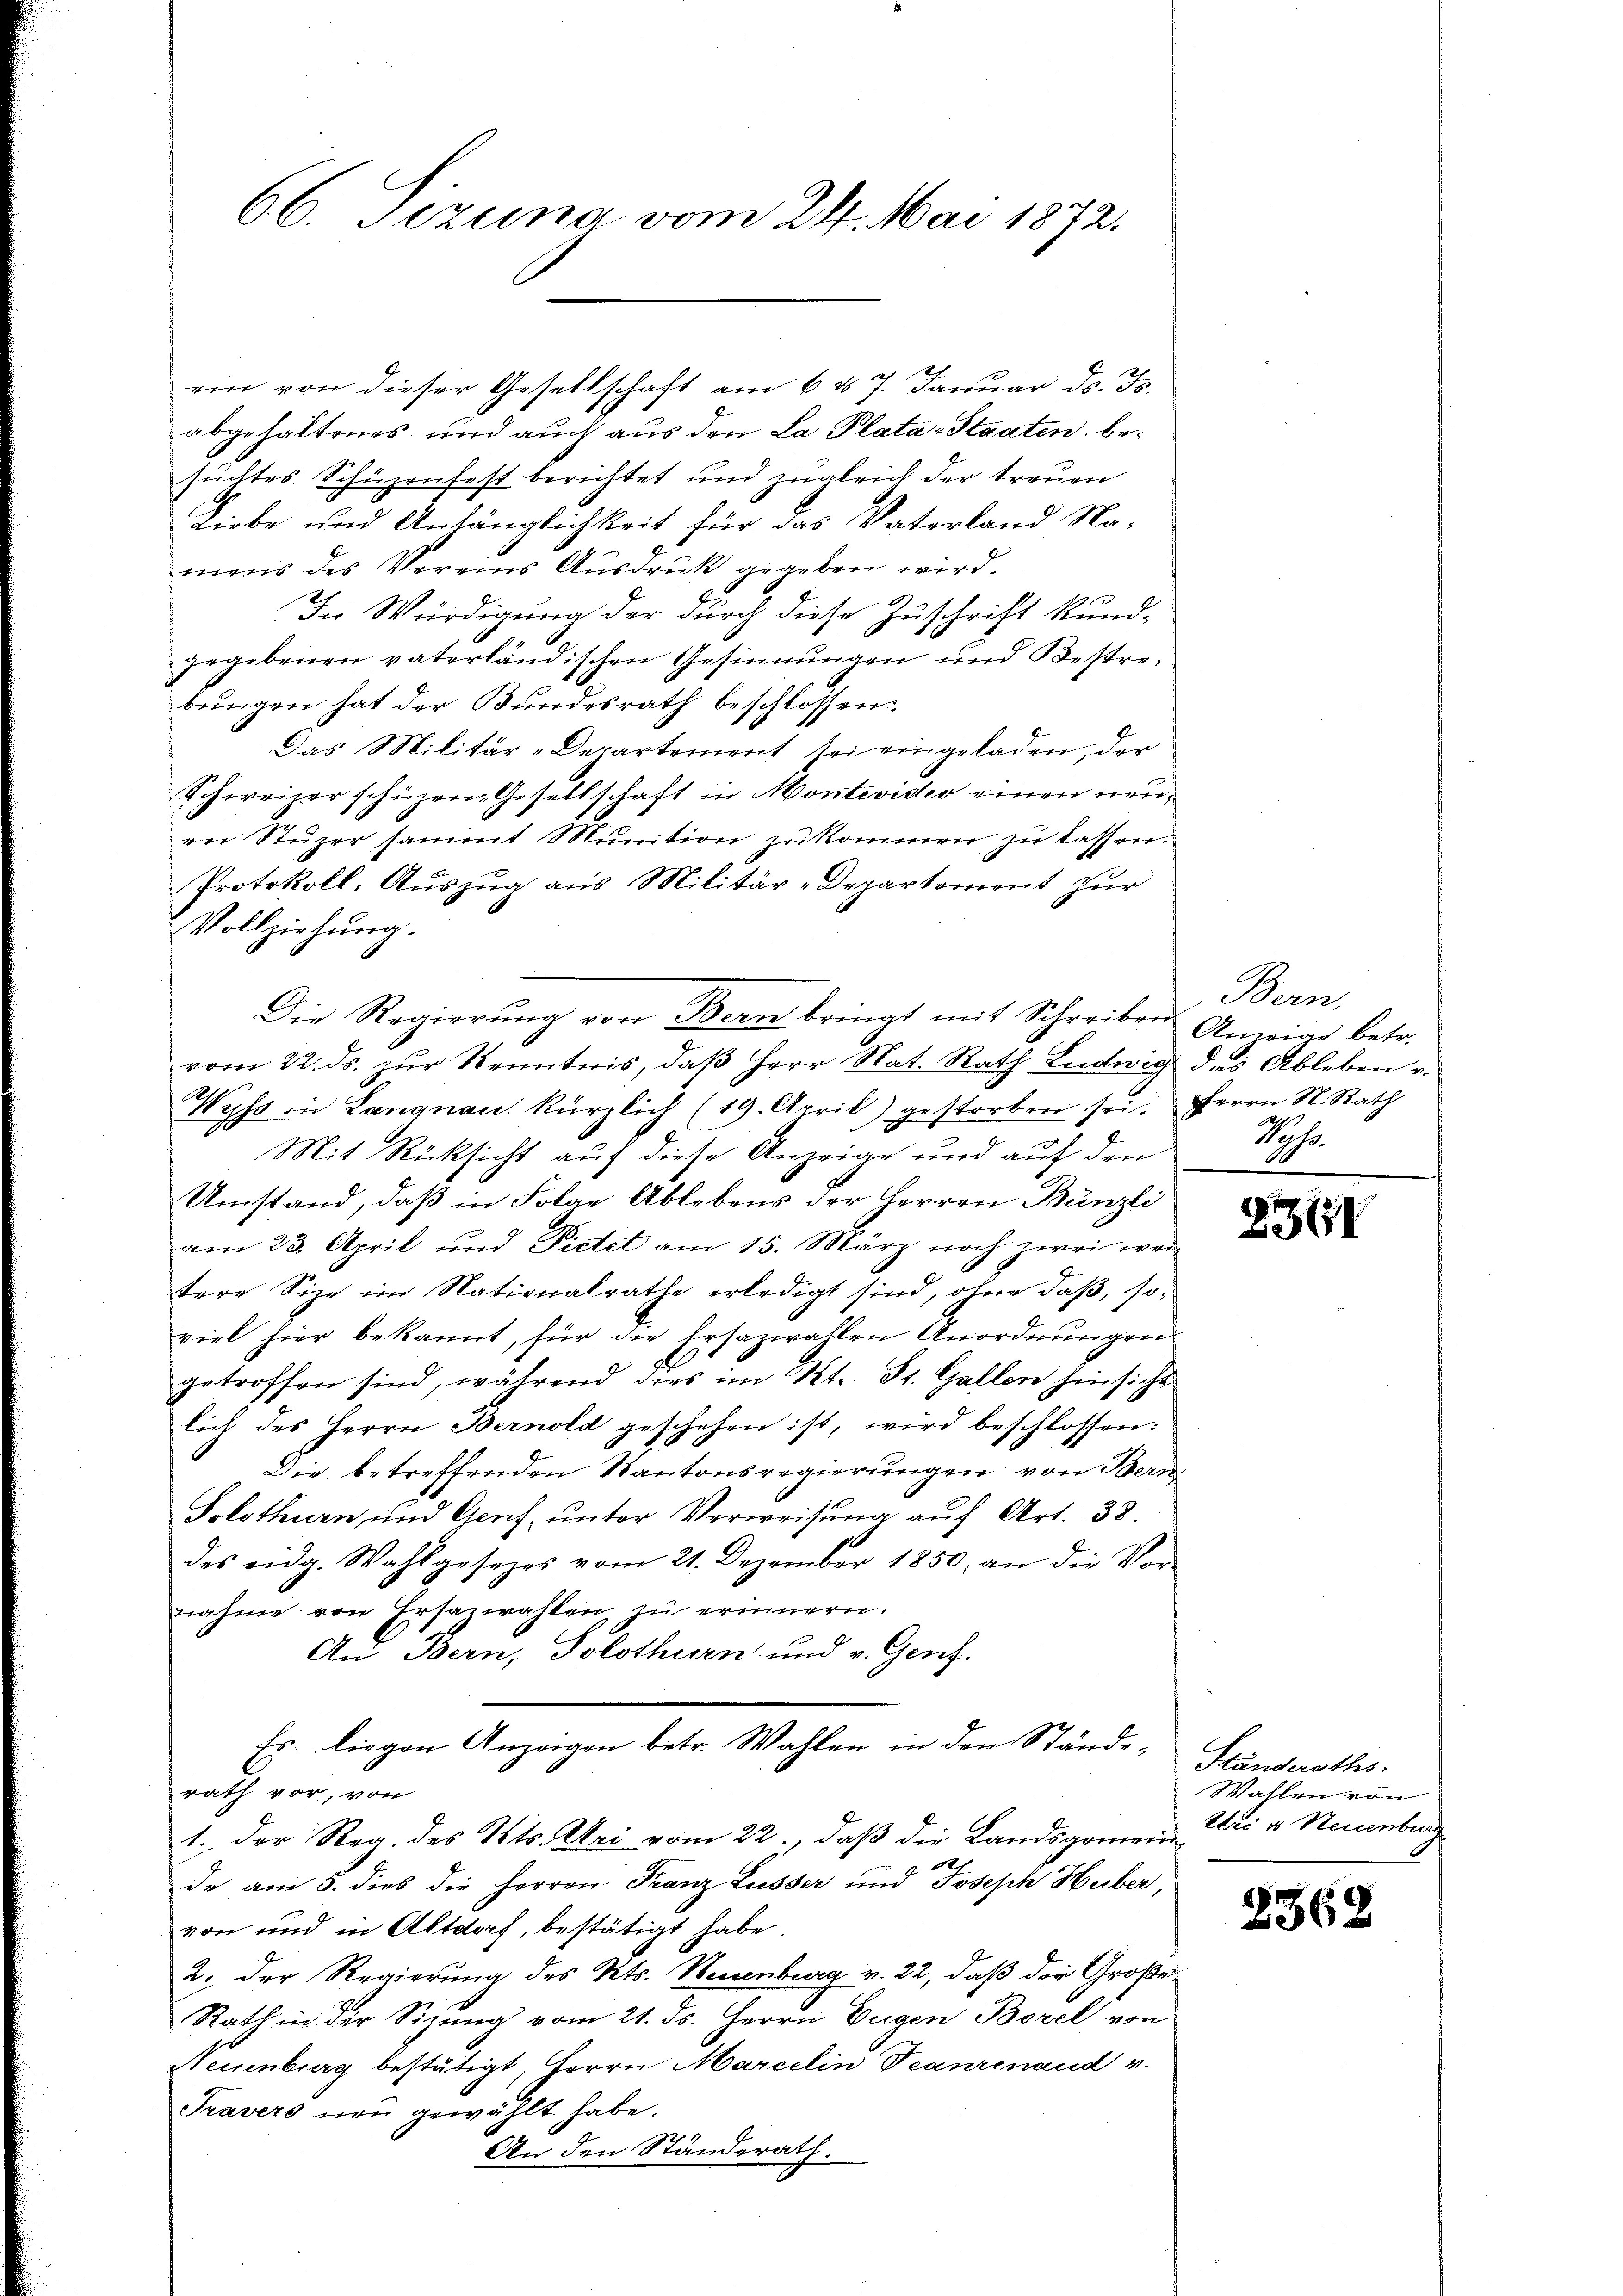
66. Sizung vom 24. Mai 1872.

abgehaltenes und auch aus den La Plata-Staaten, besuchtes Schüzenfest berichtet und zugleich der treuen
Liebe und Anfänglichkeit für das Vaterland Na-
mens des Vereins Ausdruck gegeben wird.
In Würdigung der durch diese Zuschrift kundgegebenen vaterländischen Gesinnungen und Bestrebungen hat der Bundesrath beschlossen:
Das Militär-Departement sei eingeladen, der
Schweizer schüzern Gesellschaft in Montevideo einen neurer Stuzer sammt Munition zukommen zu lassen.
Protokoll. Auszug aus Militär-Departement zur
Vollziehŭng.
Die Regierŭng von Bern bringt mit Schreiben. Amiae betr.
vom 22. ds. zur Kenntnis, daβ Herr Nat. Rath Ludwig das Ableben u.
Wyss in Langnau kürzlich (19. April) gestorben sei. Herrn N. Rath
 Mit Rücksicht auf diese Anzeige und auf den
Umstand, daß in Folge Ablebens der Herren Bünzli
am 23. April und Dietet am 15. März noch zwei wertere Size im Nationalrathe erledigt sind, ohne daß, soviel hier bekannt, für die Ersazwahlen Anordnungen
getroffen sind, während dies im Kt. St. Gallen hinsicht
lich des Herrn Bernold geschehen ist, wird beschlossen:
Die betreffenden Kantonsregierungen von Bern
Solothurn, und Genf, unter Vorweisung auf Art. 38.
des eidg. Wahlgesetzes vom 21. Dezember 1850, an die Vornahme von Ersawahlen, zu erinnern.
An Bern, Solothurn und v. Genf.
Es liegen Anzeigen betr. Wahlen in den Ständerath vor, von
1. Der Reg. des Kts. Uri vom 22., daß die Landsgemeinde am 5. dies die Herren Franz Lusser und Joseph Huber,
von und in Altdorf, bestätigt habe.
2. der Regierung des Kts. Neuenburg v. 22, daß der Große
Rath in der Sizung vom 21. ds. Herrn Eugen Borel von
Neuenburg bestätigt, Herrn Marcelin Teanzenaud v.
Travers neu gewählt habe.
An den Ständerath.

ein von dieser Gesellschaft am 6 d 7. Januar d. Js.

Bern,
Di
Sache.

2361

Ständeraths.
Wahlen von
Etri u. Neuenburg

2362